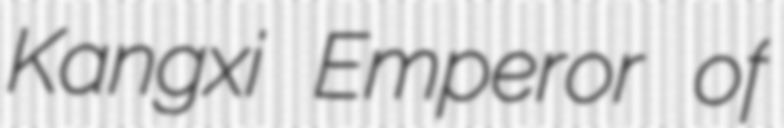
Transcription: Kangxi Emperor of